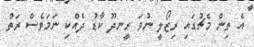
އެ ތިން މެޗުގައި ރިޒޯލީ ނުވަ ރީނދޫ ކާޑު ދެއްކި ނަމަވެސް ރަތް